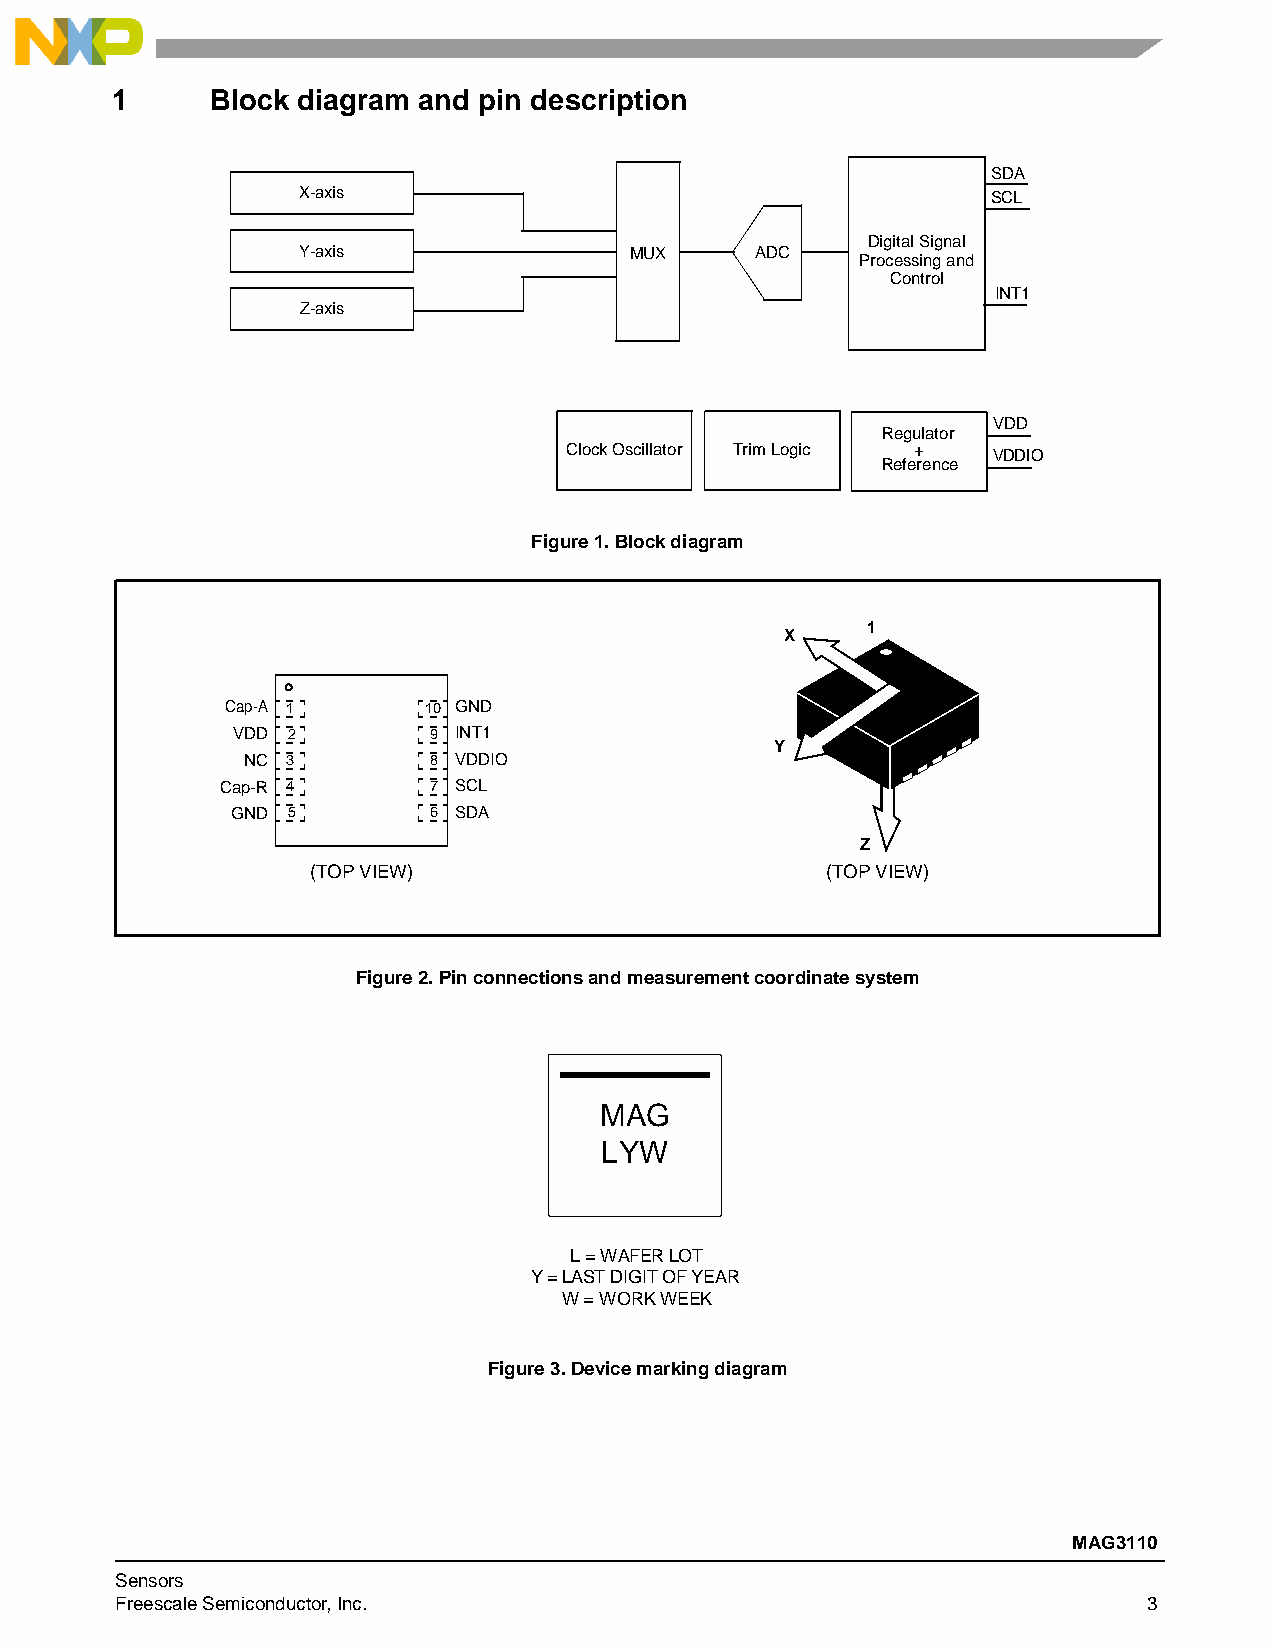
1      Block diagram and pin description
 SDA
 X-axis                                        SCL
 Digital Signal
 Y-axis                MUX     ADC
 Processing and
 Control
 INT1
 Z-axis
 VDD
 Regulator
 Clock Oscillator Trim Logic + VDDIO
 Reference
 Figure1. Block diagram
 1
 X
 Cap-A 1      10 GND
 VDD 2        9 INT1
 Y
 NC 3        8 VDDIO
 Cap-R 4      7 SCL
 GND 5        6 SDA
 Z
 (TOP VIEW)                         (TOP VIEW)
 Figure2. Pin connections and measurement coordinate system
 MAG
 LYW
 L = WAFER LOT
 Y = LAST DIGIT OF YEAR
 W = WORK WEEK
 Figure3. Device marking diagram
 MAG3110
 Sensors
 Freescale Semiconductor, Inc.                                       3